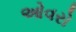
ઓવરો